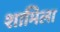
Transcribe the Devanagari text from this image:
शामिला